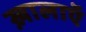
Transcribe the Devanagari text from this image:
ख़ालाएॅ